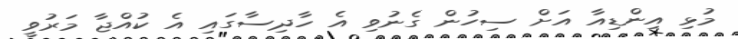
މުޅި އިންޑިއާ އަށް ސިހުން ގެނުވި އެ ހާދިސާގައި އެ ކުއްޖާ މަރުވީ